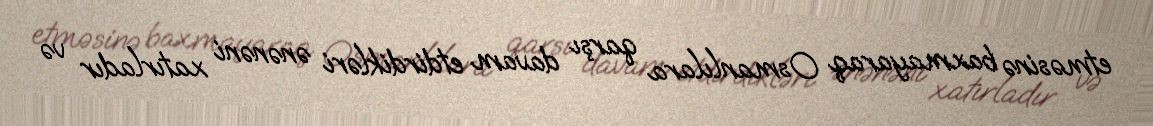
etməsinə baxmayaraq Osmanlılara qarşı davam etdirdikləri ənənəni xatırladır və